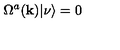
\Omega ^ { a } ( { \bf { k } } ) | \nu \rangle = 0